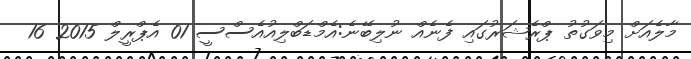
މާލެއަށް މިވަގުތު ޕްރެޝަރުގައި ފެނެއް ނުލިބޭނެ:އެމްޑަބްލިއުއެސްސީ 01 އެޕްރީލް 2015 16